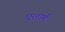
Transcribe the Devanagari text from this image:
एलार्म